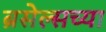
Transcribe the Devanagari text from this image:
ब्रसेल्सच्या